Calcutta medical institutions reports 1879-81 [i.e.91]
Year: 1879
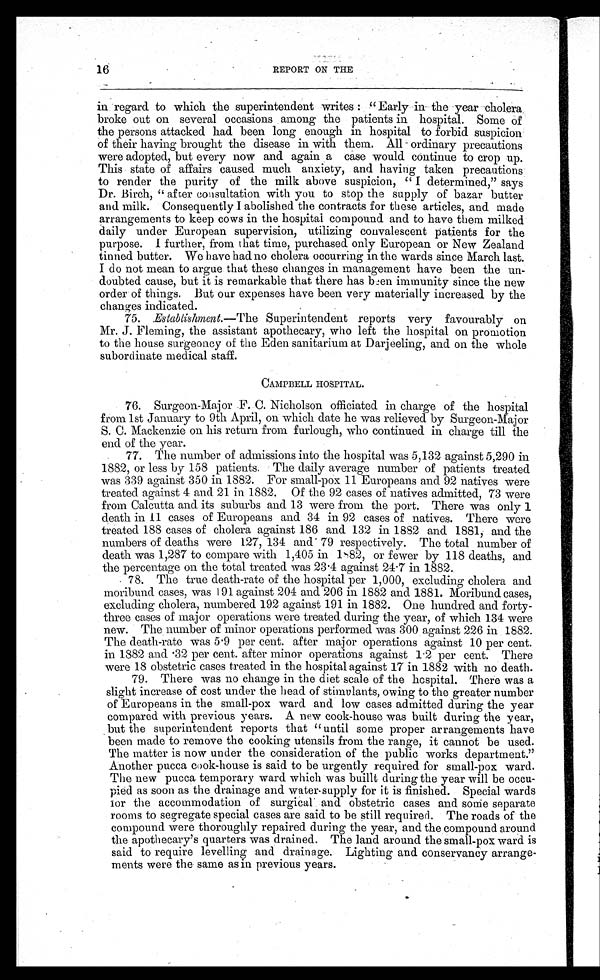
16
REPORT ON THE
in regard to which the superintendent writes : "Early in the year cholera
broke out on several occasions among the patients in hospital. Some of
the persons attacked had been long enough in hospital to forbid suspicion
of their having brought the disease in with them. All ordinary precautions
were adopted, but every now and again a case would continue to crop up.
This state of affairs caused much anxiety, and having taken precautions
to render the purity of the milk above suspicion, "I determined," says
Dr. Birch, "after consultation with you to stop the supply of bazar butter
and milk. Consequently I abolished the contracts for these articles, and made
arrangements to keep cows in the hospital compound and to have them milked
daily under European supervision, utilizing convalescent patients for the
purpose. I further, from that time, purchased only European or New Zealand
tinned butter. We have had no cholera occurring in the wards since March last.
I do not mean to argue that these changes in management have been the un-
doubted cause, but it is remarkable that there has been immunity since the new
order of things. But our expenses have been very materially increased by the
changes indicated.
75.
Establishment.—The Superintendent reports very favourably on
Mr. J. Fleming, the assistant apothecary, who left the hospital on promotion
to the house surgeoncy of the Eden sanitarium at Darjeeling, and on the whole
subordinate medical staff.
CAMPBELL HOSPITAL.
76. Surgeon-Major F. C. Nicholson officiated in charge of the hospital
from 1st January to 9th April, on which date he was relieved by Surgeon-Major
S. C. Mackenzie on his return from furlough, who continued in charge till the
end of the year.
77. The number of admissions into the hospital was 5,132 against 5,290 in
1882, or less by 158 patients. The daily average number of patients treated
was 339 against 350 in 1882. For small-pox 11 Europeans and 92 natives were
treated against 4 and 21 in 1882. Of the 92 cases of natives admitted, 73 were
from Calcutta and its suburbs and 13 were from the port. There was only 1
death in 11 cases of Europeans and 34 in 92 cases of natives. There were
treated 188 cases of cholera against 186 and 132 in 1882 and 1881, and the
numbers of deaths were 127,134 and 79 respectively. The total number of
death was 1,287 to compare with 1,405 in 1882, or fewer by 118 deaths, and
the percentage on the total treated was 23.4 against 24.7 in 1882.
78. The true death-rate of the hospital per 1,000, excluding cholera and
mor i bund cases, was 191 agai nst 204 and 206 i n 1882 and 1881. Mor i bund cases,
excluding cholera, numbered 192 against 191 in 1882. One hundred and forty-
three cases of major operations were treated during the year, of which 134 were
new. The number of minor operations performed was 300 against 226 in 1882.
The death-rate was 5.9 per cent. after major operations against 10 per cent.
in 1882 and .32 per cent. after minor operations against 1.2 per cent. There
were 18 obstetric cases treated in the hospital against 17 in 1882 with no death.
79. There was no change in the diet scale of the hospital. There was a
slight increase of cost under the head of stimulants, owing to the greater number
of Europeans in the small-pox ward and low cases admitted during the year
compared with previous years. A new cook-house was built during the year,
but the superintendent reports that "until some proper arrangements have
been made to remove the cooking utensils from the range, it cannot be used.
The matter is now under the consideration of the public works department."
Another pucca cook-house is said to be urgently required for small-pox ward.
The new pucca temporary ward which was buillt during the year will be occu-
pied as soon as the drainage and water-supply for it is finished. Special wards
f o r t h e a c c o m m o d a t i o n o f s u r g i c a l a n d o b s t e t r i c c a s e s a n d s o m e s e p a r a t e
rooms to segregate special cases are said to be still required. The roads of the
compound were thoroughly repaired during the year, and the compound around
the apothecary's quarters was drained. The land around the small-pox ward is
said to require levelling and drainage. Lighting and conservancy arrange-
ments were the same as in previous years.